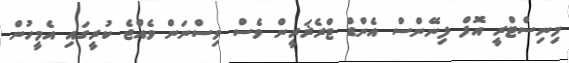
މިނިސްޓްރީ އޮފް ފިނޭންސް އެންޑް ޓްރެޜަރީން ވެސް ވިސްނަން ވެއްޖެ ކުރީގައި އެމީހުން